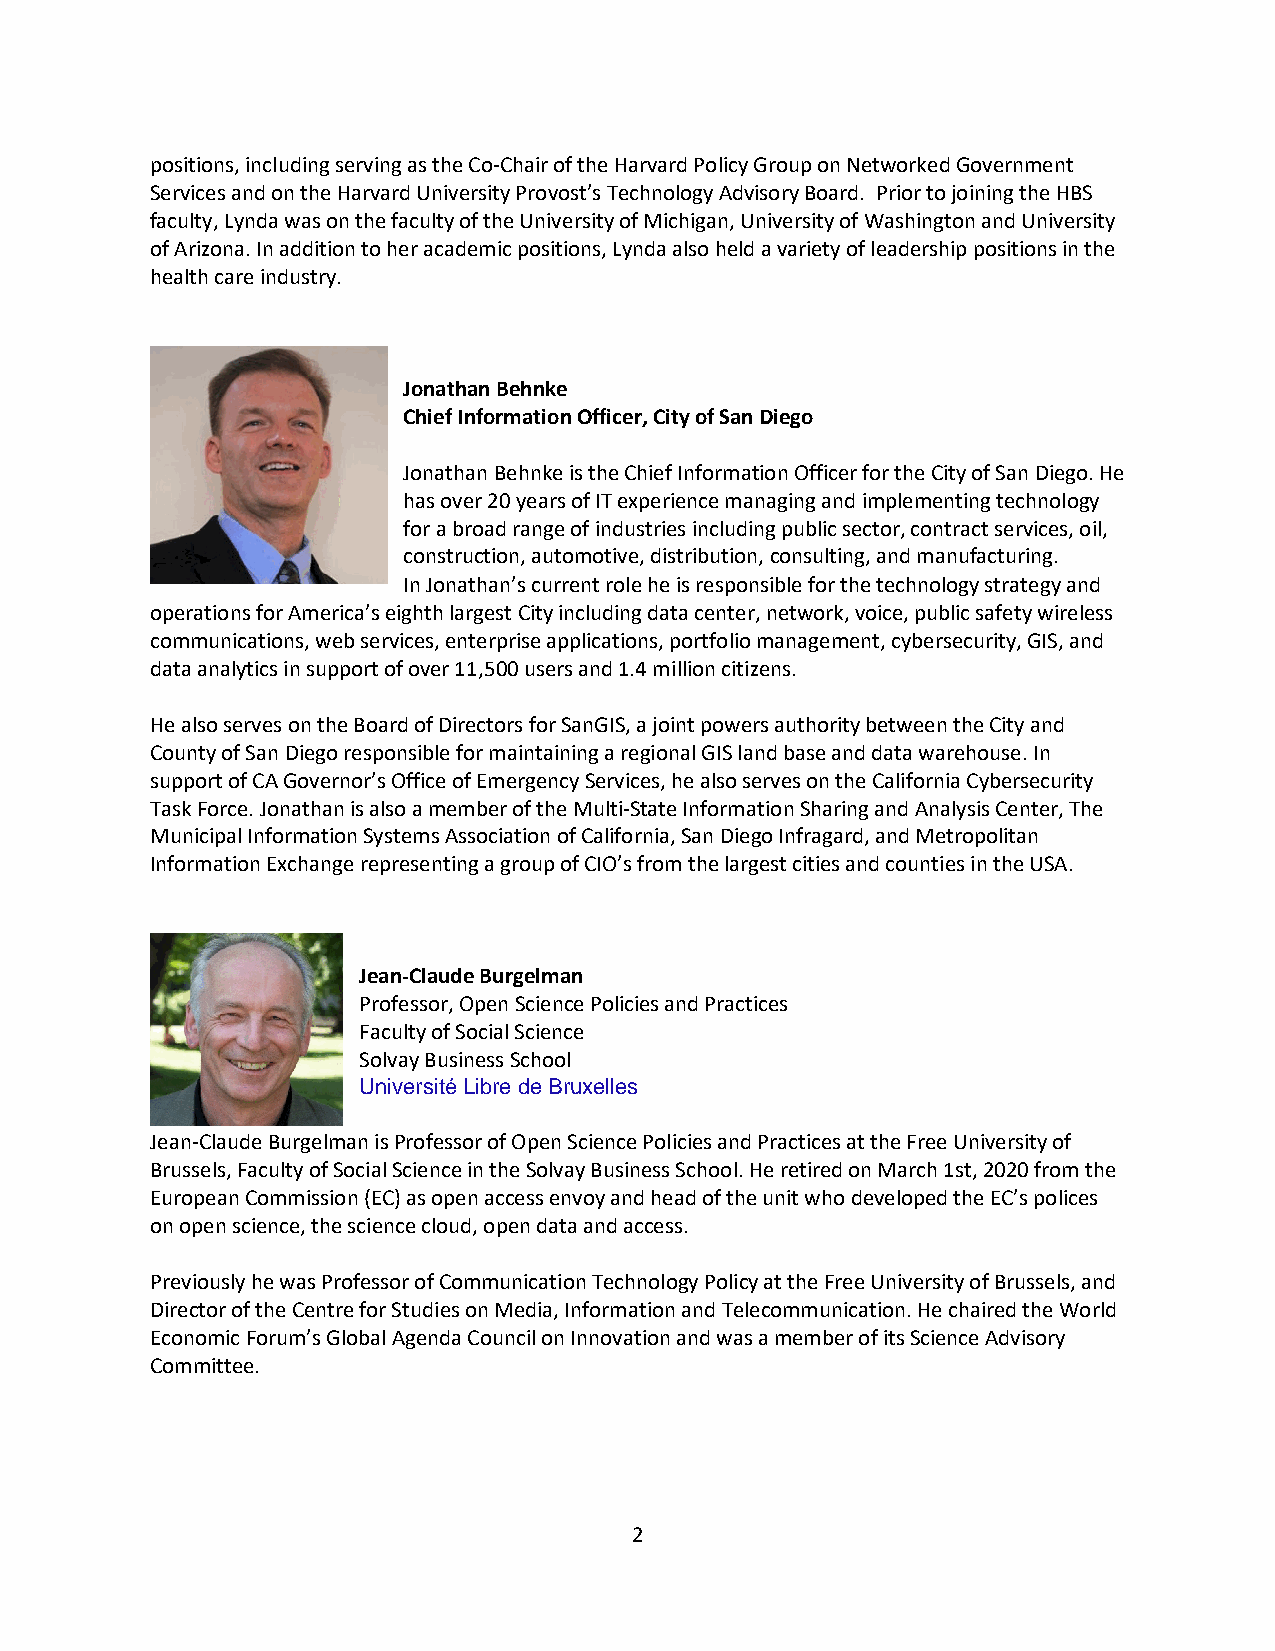
positions, including serving as the Co-Chair of the Harvard Policy Group on Networked Government
 Services and on the Harvard University Provost’s Technology Advisory Board. Prior to joining the HBS
 faculty, Lynda was on the faculty of the University of Michigan, University of Washington and University
 of Arizona. In addition to her academic positions, Lynda also held a variety of leadership positions in the
 health care industry.
 Jonathan Behnke
 Chief Information Officer, City of San Diego
 Jonathan Behnke is the Chief Information Officer for the City of San Diego. He
 has over 20 years of IT experience managing and implementing technology
 for a broad range of industries including public sector, contract services, oil,
 construction, automotive, distribution, consulting, and manufacturing.
 In Jonathan’s current role he is responsible for the technology strategy and
 operations for America’s eighth largest City including data center, network, voice, public safety wireless
 communications, web services, enterprise applications, portfolio management, cybersecurity, GIS, and
 data analytics in support of over 11,500 users and 1.4 million citizens.
 He also serves on the Board of Directors for SanGIS, a joint powers authority between the City and
 County of San Diego responsible for maintaining a regional GIS land base and data warehouse. In
 support of CA Governor’s Office of Emergency Services, he also serves on the California Cybersecurity
 Task Force. Jonathan is also a member of the Multi-State Information Sharing and Analysis Center, The
 Municipal Information Systems Association of California, San Diego Infragard, and Metropolitan
 Information Exchange representing a group of CIO’s from the largest cities and counties in the USA.
 Jean-Claude Burgelman
 Professor, Open Science Policies and Practices
 Faculty of Social Science
 Solvay Business School
 Université Libre de Bruxelles
 Jean-Claude Burgelman is Professor of Open Science Policies and Practices at the Free University of
 Brussels, Faculty of Social Science in the Solvay Business School. He retired on March 1st, 2020 from the
 European Commission (EC) as open access envoy and head of the unit who developed the EC’s polices
 on open science, the science cloud, open data and access.
 Previously he was Professor of Communication Technology Policy at the Free University of Brussels, and
 Director of the Centre for Studies on Media, Information and Telecommunication. He chaired the World
 Economic Forum’s Global Agenda Council on Innovation and was a member of its Science Advisory
 Committee.
 2